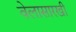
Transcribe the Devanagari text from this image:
वेलासारखी